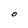
Character: O